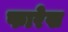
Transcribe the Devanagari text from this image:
फारेख